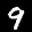
Label: 9